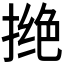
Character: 𪮖